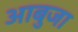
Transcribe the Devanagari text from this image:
आबुजा